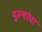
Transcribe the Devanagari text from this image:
पुरूषांचा